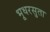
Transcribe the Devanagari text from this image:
भूधरसुता